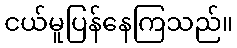
ငယ်မူပြန်နေကြသည်။